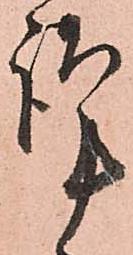
謹